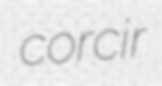
corcir